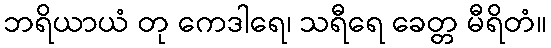
ဘရိယာယံ တု ကေဒါရေ၊ သရီရေ ခေတ္တ မီရိတံ။